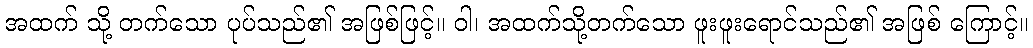
အထက် သို့ တက်သော ပုပ်သည်၏ အဖြစ်ဖြင့်။ ဝါ၊ အထက်သို့တက်သော ဖူးဖူးရောင်သည်၏ အဖြစ် ကြောင့်။